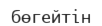
бөгейтін